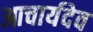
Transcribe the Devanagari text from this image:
आचार्यदेव